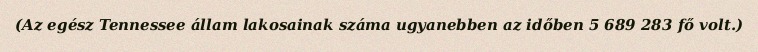
(Az egész Tennessee állam lakosainak száma ugyanebben az időben 5 689 283 fő volt.)